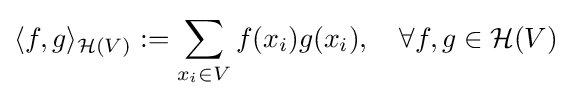
\langle f,g\rangle _{{\mathcal {H}}(V)}:=\sum _{x_{i}\in V}f(x_{i})g(x_{i}),\quad \forall f,g\in {\mathcal {H}}(V)